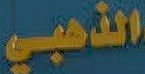
الذهبي